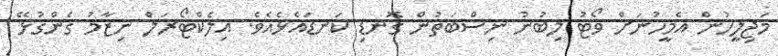
މަޖިލީހުން އެމީހުނަށް ވޯޓު ލިބުނު ނިސްބަތުން ގޮނޑި ކަނޑައެޅެއެވެ. އިލެކްޓޯރަލް ނިޒާމު ގެންގުޅޭ